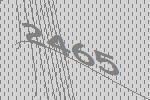
2465